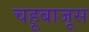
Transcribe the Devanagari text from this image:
चहूबाजूस